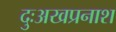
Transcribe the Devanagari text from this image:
दुःअखप्रनाश